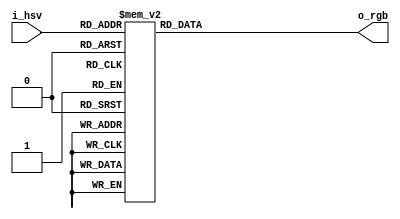
module hsv2rgb(
    input      [6:0]     i_hsv,
    output reg [23:0]    o_rgb
);

always @ (*) begin
    case (i_hsv)
    //                  rrggbb //NESDoc.pdf
    7'h00:  o_rgb = 24'h757575;//24'h000000;
    7'h01:  o_rgb = 24'h271B8F;//24'h000000;
    7'h02:  o_rgb = 24'h0000AB;//24'h000000;
    7'h03:  o_rgb = 24'h47009F;//24'h000000;
    7'h04:  o_rgb = 24'h8F0077;//24'h000000;
    7'h05:  o_rgb = 24'hAB0013;//24'h000000;
    7'h06:  o_rgb = 24'hA70000;//24'h000000;
    7'h07:  o_rgb = 24'h7F0B00;//24'h000000;
    7'h08:  o_rgb = 24'h432F00;//24'h000000;
    7'h09:  o_rgb = 24'h004700;//24'h000000;
    7'h0A:  o_rgb = 24'h005100;//24'h000000;
    7'h0B:  o_rgb = 24'h003F17;//24'h000000;
    7'h0C:  o_rgb = 24'h1B3F5F;//24'h000000;
    7'h0D:  o_rgb = 24'h000000;//24'h000000;
    7'h0E:  o_rgb = 24'h000000;//24'h000000;
    7'h0F:  o_rgb = 24'h000000;//24'h000000;
    7'h10:  o_rgb = 24'hBCBCBC;//24'h404040;
    7'h11:  o_rgb = 24'h0073EF;//24'h404040;
    7'h12:  o_rgb = 24'h233BEF;//24'h404040;
    7'h13:  o_rgb = 24'h8300F3;//24'h404040;
    7'h14:  o_rgb = 24'hBF00BF;//24'h404040;
    7'h15:  o_rgb = 24'hE7005B;//24'h404040;
    7'h16:  o_rgb = 24'hDB2B00;//24'h404040;
    7'h17:  o_rgb = 24'hCB4F0F;//24'h404040;
    7'h18:  o_rgb = 24'h8B7300;//24'h404040;
    7'h19:  o_rgb = 24'h009700;//24'h404040;
    7'h1A:  o_rgb = 24'h00AB00;//24'h404040;
    7'h1B:  o_rgb = 24'h00933B;//24'h404040;
    7'h1C:  o_rgb = 24'h00838B;//24'h404040;
    7'h1D:  o_rgb = 24'h000000;//24'h404040;
    7'h1E:  o_rgb = 24'h000000;//24'h404040;
    7'h1F:  o_rgb = 24'h000000;//24'h404040;
    7'h20:  o_rgb = 24'hFFFFFF;//24'h808080;
    7'h21:  o_rgb = 24'h3FBFFF;//24'h808080;
    7'h22:  o_rgb = 24'h5F97FF;//24'h808080;
    7'h23:  o_rgb = 24'hA78BFD;//24'h808080;
    7'h24:  o_rgb = 24'hF77BFF;//24'h808080;
    7'h25:  o_rgb = 24'hFF77B7;//24'h808080;
    7'h26:  o_rgb = 24'hFF7763;//24'h808080;
    7'h27:  o_rgb = 24'hFF9B3B;//24'h808080;
    7'h28:  o_rgb = 24'hF3BF3F;//24'h808080;
    7'h29:  o_rgb = 24'h83D313;//24'h808080;
    7'h2A:  o_rgb = 24'h4FDF4B;//24'h808080;
    7'h2B:  o_rgb = 24'h58F898;//24'h808080;
    7'h2C:  o_rgb = 24'h00EBDB;//24'h808080;
    7'h2D:  o_rgb = 24'h000000;//24'h808080;
    7'h2E:  o_rgb = 24'h000000;//24'h808080;
    7'h2F:  o_rgb = 24'h000000;//24'h808080;
    7'h30:  o_rgb = 24'hFFFFFF;//24'hc0c0c0;
    7'h31:  o_rgb = 24'hABE7FF;//24'hc0c0c0;
    7'h32:  o_rgb = 24'hC7D7FF;//24'hc0c0c0;
    7'h33:  o_rgb = 24'hD7CBFF;//24'hc0c0c0;
    7'h34:  o_rgb = 24'hFFC7FF;//24'hc0c0c0;
    7'h35:  o_rgb = 24'hFFC7DB;//24'hc0c0c0;
    7'h36:  o_rgb = 24'hFFBFB3;//24'hc0c0c0;
    7'h37:  o_rgb = 24'hFFDBAB;//24'hc0c0c0;
    7'h38:  o_rgb = 24'hFFE7A3;//24'hc0c0c0;
    7'h39:  o_rgb = 24'hE3FFA3;//24'hc0c0c0;
    7'h3A:  o_rgb = 24'hABF3BF;//24'hc0c0c0;
    7'h3B:  o_rgb = 24'hB3FFCF;//24'hc0c0c0;
    7'h3C:  o_rgb = 24'h9FFFF3;//24'hc0c0c0;
    7'h3D:  o_rgb = 24'h000000;//24'hc0c0c0;
    7'h3E:  o_rgb = 24'h000000;//24'hc0c0c0;
    7'h3F:  o_rgb = 24'h000000;//24'hc0c0c0;
    7'h40:  o_rgb = 24'h757575;//24'h000000;
    7'h41:  o_rgb = 24'h271B8F;//24'h000000;
    7'h42:  o_rgb = 24'h0000AB;//24'h000000;
    7'h43:  o_rgb = 24'h47009F;//24'h000000;
    7'h44:  o_rgb = 24'h8F0077;//24'h000000;
    7'h45:  o_rgb = 24'hAB0013;//24'h000000;
    7'h46:  o_rgb = 24'hA70000;//24'h000000;
    7'h47:  o_rgb = 24'h7F0B00;//24'h000000;
    7'h48:  o_rgb = 24'h432F00;//24'h000000;
    7'h49:  o_rgb = 24'h004700;//24'h000000;
    7'h4A:  o_rgb = 24'h005100;//24'h000000;
    7'h4B:  o_rgb = 24'h003F17;//24'h000000;
    7'h4C:  o_rgb = 24'h1B3F5F;//24'h000000;
    7'h4D:  o_rgb = 24'h000000;//24'h000000;
    7'h4E:  o_rgb = 24'h000000;//24'h000000;
    7'h4F:  o_rgb = 24'h000000;//24'h000000;
    7'h50:  o_rgb = 24'hBCBCBC;//24'h400000;
    7'h51:  o_rgb = 24'h0073EF;//24'h401800;
    7'h52:  o_rgb = 24'h233BEF;//24'h403000;
    7'h53:  o_rgb = 24'h8300F3;//24'h384000;
    7'h54:  o_rgb = 24'hBF00BF;//24'h204000;
    7'h55:  o_rgb = 24'hE7005B;//24'h084000;
    7'h56:  o_rgb = 24'hDB2B00;//24'h004010;
    7'h57:  o_rgb = 24'hCB4F0F;//24'h004028;
    7'h58:  o_rgb = 24'h8B7300;//24'h004040;
    7'h59:  o_rgb = 24'h009700;//24'h002840;
    7'h5A:  o_rgb = 24'h00AB00;//24'h001040;
    7'h5B:  o_rgb = 24'h00933B;//24'h080040;
    7'h5C:  o_rgb = 24'h00838B;//24'h200040;
    7'h5D:  o_rgb = 24'h000000;//24'h380040;
    7'h5E:  o_rgb = 24'h000000;//24'h400030;
    7'h5F:  o_rgb = 24'h000000;//24'h400018;
    7'h60:  o_rgb = 24'hFFFFFF;//24'h800000;
    7'h61:  o_rgb = 24'h3FBFFF;//24'h803000;
    7'h62:  o_rgb = 24'h5F97FF;//24'h806000;
    7'h63:  o_rgb = 24'hA78BFD;//24'h708000;
    7'h64:  o_rgb = 24'hF77BFF;//24'h408000;
    7'h65:  o_rgb = 24'hFF77B7;//24'h108000;
    7'h66:  o_rgb = 24'hFF7763;//24'h008020;
    7'h67:  o_rgb = 24'hFF9B3B;//24'h008050;
    7'h68:  o_rgb = 24'hF3BF3F;//24'h008080;
    7'h69:  o_rgb = 24'h83D313;//24'h005080;
    7'h6A:  o_rgb = 24'h4FDF4B;//24'h002080;
    7'h6B:  o_rgb = 24'h58F898;//24'h100080;
    7'h6C:  o_rgb = 24'h00EBDB;//24'h400080;
    7'h6D:  o_rgb = 24'h000000;//24'h700080;
    7'h6E:  o_rgb = 24'h000000;//24'h800060;
    7'h6F:  o_rgb = 24'h000000;//24'h800030;
    7'h70:  o_rgb = 24'hFFFFFF;//24'hc00000;
    7'h71:  o_rgb = 24'hABE7FF;//24'hc04800;
    7'h72:  o_rgb = 24'hC7D7FF;//24'hc09000;
    7'h73:  o_rgb = 24'hD7CBFF;//24'ha8c000;
    7'h74:  o_rgb = 24'hFFC7FF;//24'h60c000;
    7'h75:  o_rgb = 24'hFFC7DB;//24'h18c000;
    7'h76:  o_rgb = 24'hFFBFB3;//24'h00c030;
    7'h77:  o_rgb = 24'hFFDBAB;//24'h00c078;
    7'h78:  o_rgb = 24'hFFE7A3;//24'h00c0c0;
    7'h79:  o_rgb = 24'hE3FFA3;//24'h0078c0;
    7'h7A:  o_rgb = 24'hABF3BF;//24'h0030c0;
    7'h7B:  o_rgb = 24'hB3FFCF;//24'h1800c0;
    7'h7C:  o_rgb = 24'h9FFFF3;//24'h6000c0;
    7'h7D:  o_rgb = 24'h000000;//24'ha800c0;
    7'h7E:  o_rgb = 24'h000000;//24'hc00090;
    7'h7F:  o_rgb = 24'h000000;//24'hc00048;
    endcase
end
endmodule